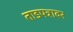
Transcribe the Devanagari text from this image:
ताडपत्रावर